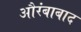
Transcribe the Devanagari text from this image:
औरंबाबाद